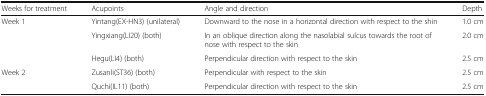
<table><thead><tr><td><b>Weeks for treatment</b></td><td><b>Acupoints</b></td><td><b>Angle and direction</b></td><td><b>Depth</b></td></tr></thead><tbody><tr><td rowspan="3">Week 1</td><td>Yintang(EX-HN3) (unilateral)</td><td>Downward to the nose in a horizontal direction with respect to the shin</td><td>1.0 cm</td></tr><tr><td>Yingxiang(LI20) (both)</td><td>In an oblique direction along the nasolabial sulcus towards the root of nose with respect to the skin</td><td>2.0 cm</td></tr><tr><td>Hegu(LI4) (both)</td><td>Perpendicular direction with respect to the skin</td><td>2.5 cm</td></tr><tr><td rowspan="2">Week 2</td><td>Zusanli(ST36) (both)</td><td>Perpendicular with respect to the skin</td><td>2.5 cm</td></tr><tr><td>Quchi(IL11) (both)</td><td>Perpendicular direction with respect to the skin</td><td>2.5 cm</td></tr></tbody></table>